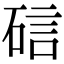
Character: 䂴